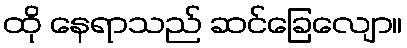
ထို နေရာသည် ဆင်ခြေလျော။